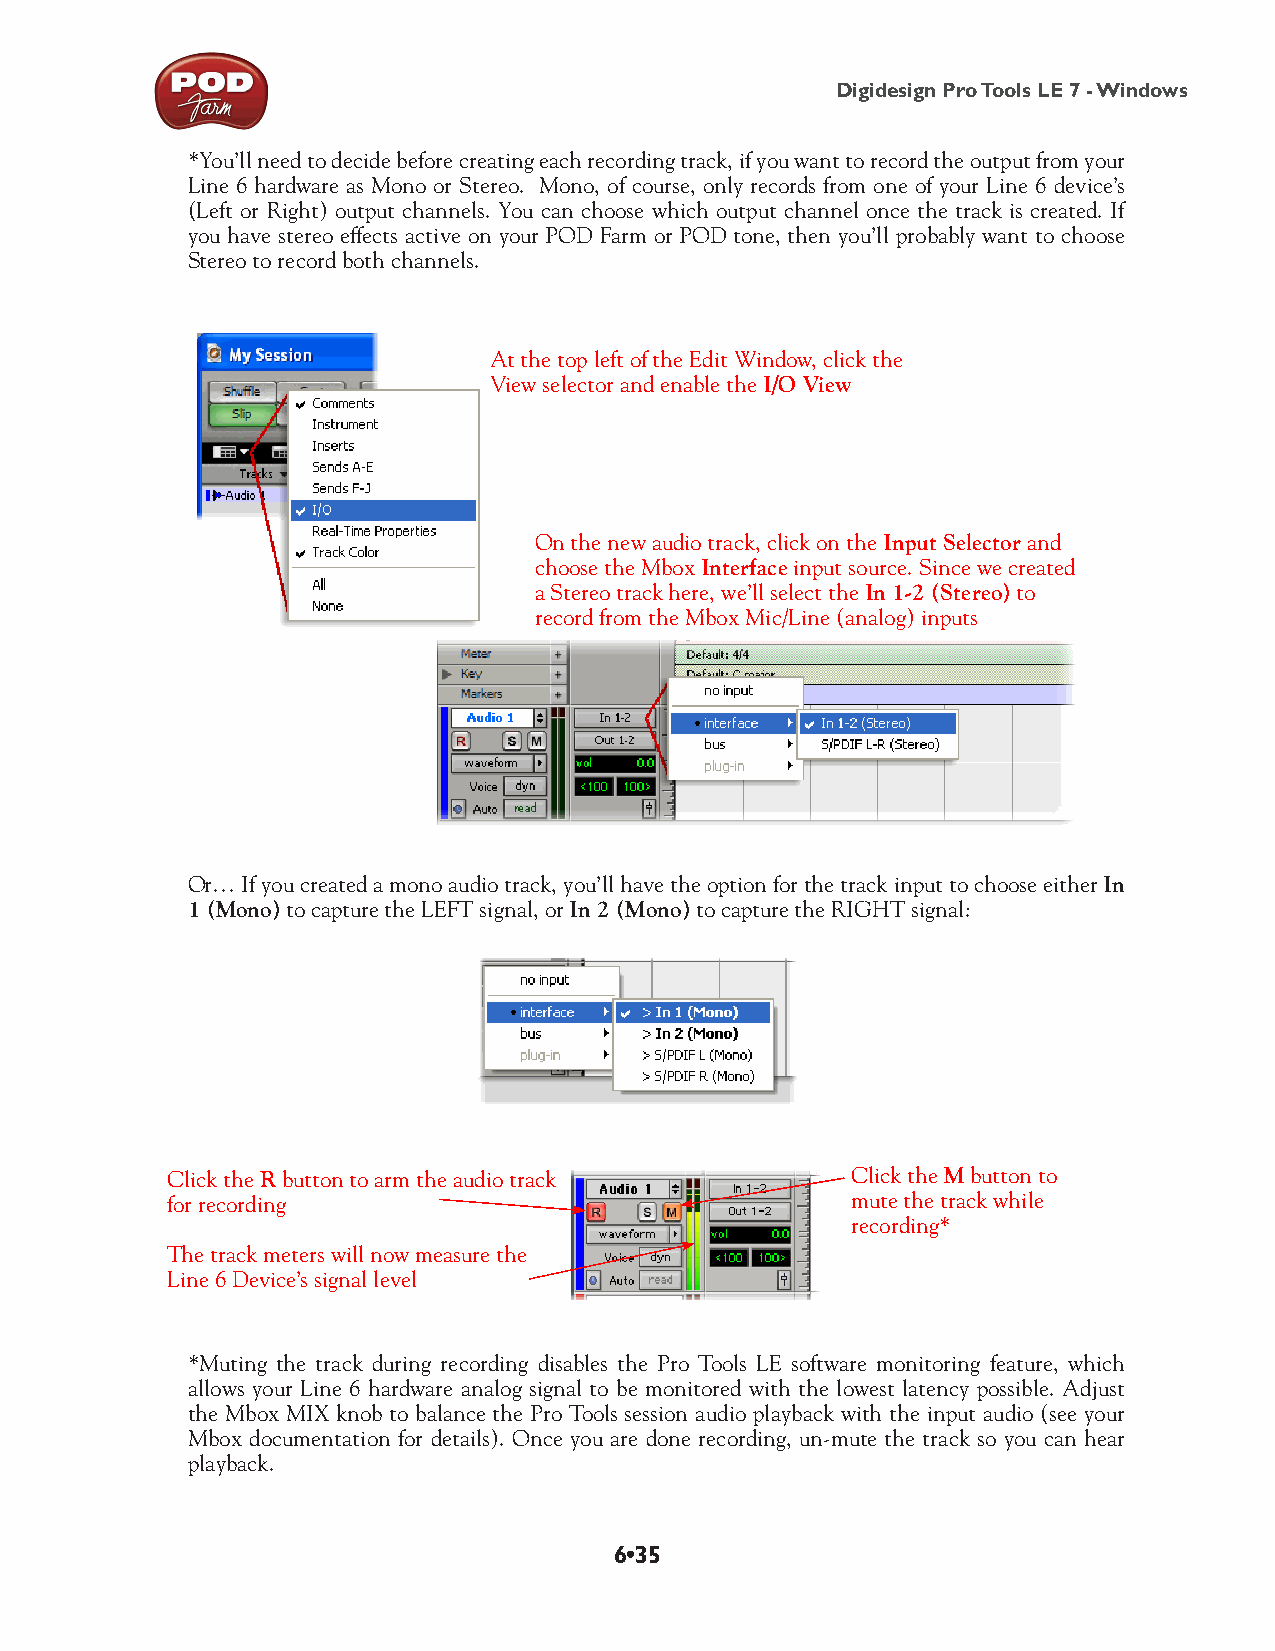
Digidesign Pro Tools LE 7 - Windows
 *You’ll need to decide before creating each recording track, if you want to record the output from your
 Line 6 hardware as Mono or Stereo. Mono, of course, only records from one of your Line 6 device’s
 (Left or Right) output channels. You can choose which output channel once the track is created. If
 you have stereo effects active on your POD Farm or POD tone, then you’ll probably want to choose
 Stereo to record both channels.
 At the top left of the Edit Window, click the
 View selector and enable the I/O View
 On the new audio track, click on the Input Selector and
 choose the Mbox Interface input source. Since we created
 a Stereo track here, we’ll select the In 1-2 (Stereo) to
 record from the Mbox Mic/Line (analog) inputs
 Or… If you created a mono audio track, you’ll have the option for the track input to choose either In
 1 (Mono) to capture the LEFT signal, or In 2 (Mono) to capture the RIGHT signal:
 Click the R button to arm the audio track    Click the M button to
 for recording                                mute the track while
 recording*
 The track meters will now measure the
 Line 6 Device’s signal level
 *Muting the track during recording disables the Pro Tools LE software monitoring feature, which
 allows your Line 6 hardware analog signal to be monitored with the lowest latency possible. Adjust
 the Mbox MIX knob to balance the Pro Tools session audio playback with the input audio (see your
 Mbox documentation for details). Once you are done recording, un-mute the track so you can hear
 playback.
 6•35